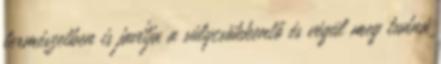
természetben is javítja a súlycsökkentő és végül meg tudná